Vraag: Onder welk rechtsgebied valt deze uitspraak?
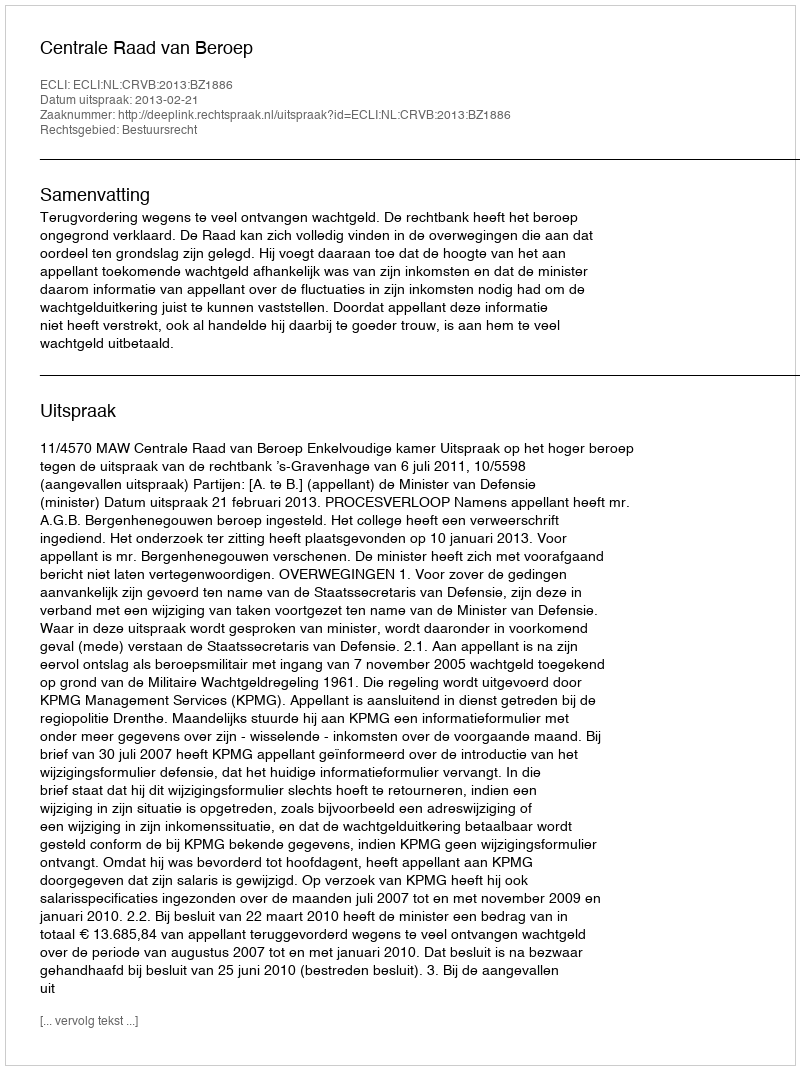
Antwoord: Bestuursrecht